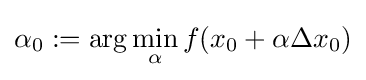
\displaystyle \alpha _{0}:=\arg \min _{\alpha }f(x_{0}+\alpha \Delta x_{0})